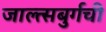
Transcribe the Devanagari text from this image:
जाल्त्सबुर्गची